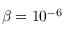
\beta = 1 0 ^ { - 6 }